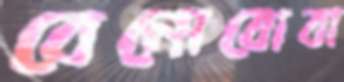
বেনোবোবা